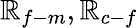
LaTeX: \mathbb{R}_{f-m},\mathbb{R}_{c-f}